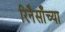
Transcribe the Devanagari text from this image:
रिनैसाँच्या